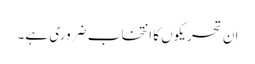
ان تحریکوں کا انتخاب ضروری ہے۔